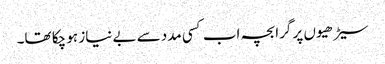
سیڑھیوں پر گرا بچہ اب کسی مدد سے بے نیاز ہو چکا تھا۔